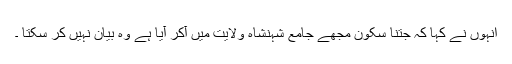
انہوں نے کہا کہ جتنا سکون مجھے جامع شہنشاہ ولایت میں آکر آیا ہے وہ بیان نہیں کر سکتا ۔